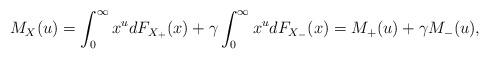
LaTeX: \begin{align*}M_X(u)=\int_0^{\infty}x^u dF_{X_{+}}(x)+\gamma \int_0^{\infty}x^u dF_{X_{-}}(x)=M_{+}(u)+\gamma M_{-}(u),\end{align*}